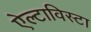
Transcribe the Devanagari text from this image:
ऐल्टाविस्टा